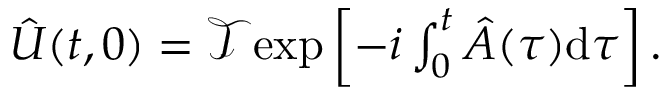
\begin{array} { r } { \hat { U } ( t , 0 ) = \mathcal { T } \mathrm { e x p } \left[ - i \int _ { 0 } ^ { t } \hat { A } ( \tau ) \mathrm { d } \tau \right] . } \end{array}